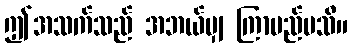
ဤအသက်သည် အဘယ်မျှ ကြာမည်မသိ။